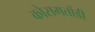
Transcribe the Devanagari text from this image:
कोसमतोंडी